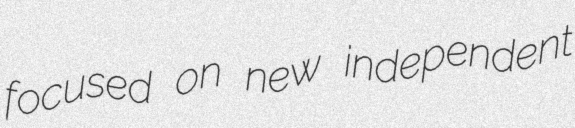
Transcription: focused on new independent